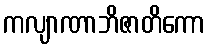
ကလျာဏာဘိဇာတိကော